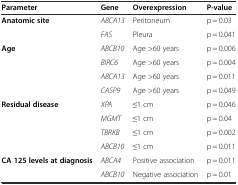
<table><thead><tr><td><b>Parameter</b></td><td><b>Gene</b></td><td><b>Overexpression</b></td><td><b>P-value</b></td></tr></thead><tbody><tr><td rowspan="2"><b>Anatomic site</b></td><td><i>ABCA13</i></td><td>Peritoneum</td><td>p = 0.03</td></tr><tr><td><i>FAS</i></td><td>Pleura</td><td>p = 0.041</td></tr><tr><td rowspan="4"><b>Age</b></td><td><i>ABCB10</i></td><td>Age &gt;60 years</td><td>p = 0.006</td></tr><tr><td><i>BIRC6</i></td><td>Age &gt;60 years</td><td>p = 0.004</td></tr><tr><td><i>ABCA13</i></td><td>Age &gt;60 years</td><td>p = 0.011</td></tr><tr><td><i>CASP9</i></td><td>Age &gt;60 years</td><td>p = 0.049</td></tr><tr><td rowspan="4"><b>Residual disease</b></td><td><i>XPA</i></td><td>≤1 cm</td><td>p = 0.046</td></tr><tr><td><i>MGMT</i></td><td>≤1 cm</td><td>p = 0.04</td></tr><tr><td><i>TBRKB</i></td><td>≤1 cm</td><td>p = 0.002</td></tr><tr><td><i>ABCB10</i></td><td>≤1 cm</td><td>p = 0.011</td></tr><tr><td rowspan="2"><b>CA 125 levels at diagnosis</b></td><td><i>ABCA4</i></td><td>Positive association</td><td>p = 0.011</td></tr><tr><td><i>ABCB10</i></td><td>Negative association</td><td>p = 0.01</td></tr></tbody></table>